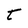
Character: t